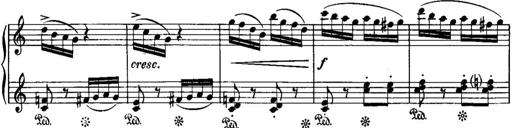
Title: Piano Sonatina No.1, Op.146
Composer: Stephen Heller